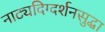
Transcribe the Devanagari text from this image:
नाट्यदिग्दर्शनसुद्धा